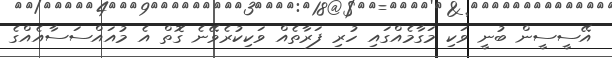
އޭސީސީން ބުނީ ވަކި މަގާމެއްގައި ހުރި ފަރާތެއް ވަކިކުރެވޭނެ ގޮތް އެ މުއައްސަސާއެއްގެ